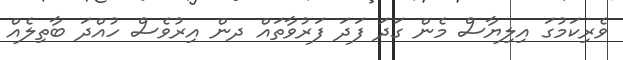
ވެރިކަމުގަ އިލިޔާސް މެން ގަދަ ފަދަ ފަރުވާތައް ދން އިރުވެސް ހުއްދަ ބާތިލެއް